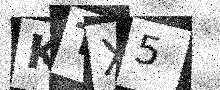
Text: KTX5